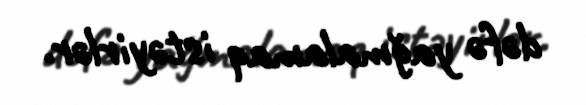
dəfə yağmalamaq istəyirlər.